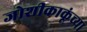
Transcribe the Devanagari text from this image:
जोशीकाकूंच्या